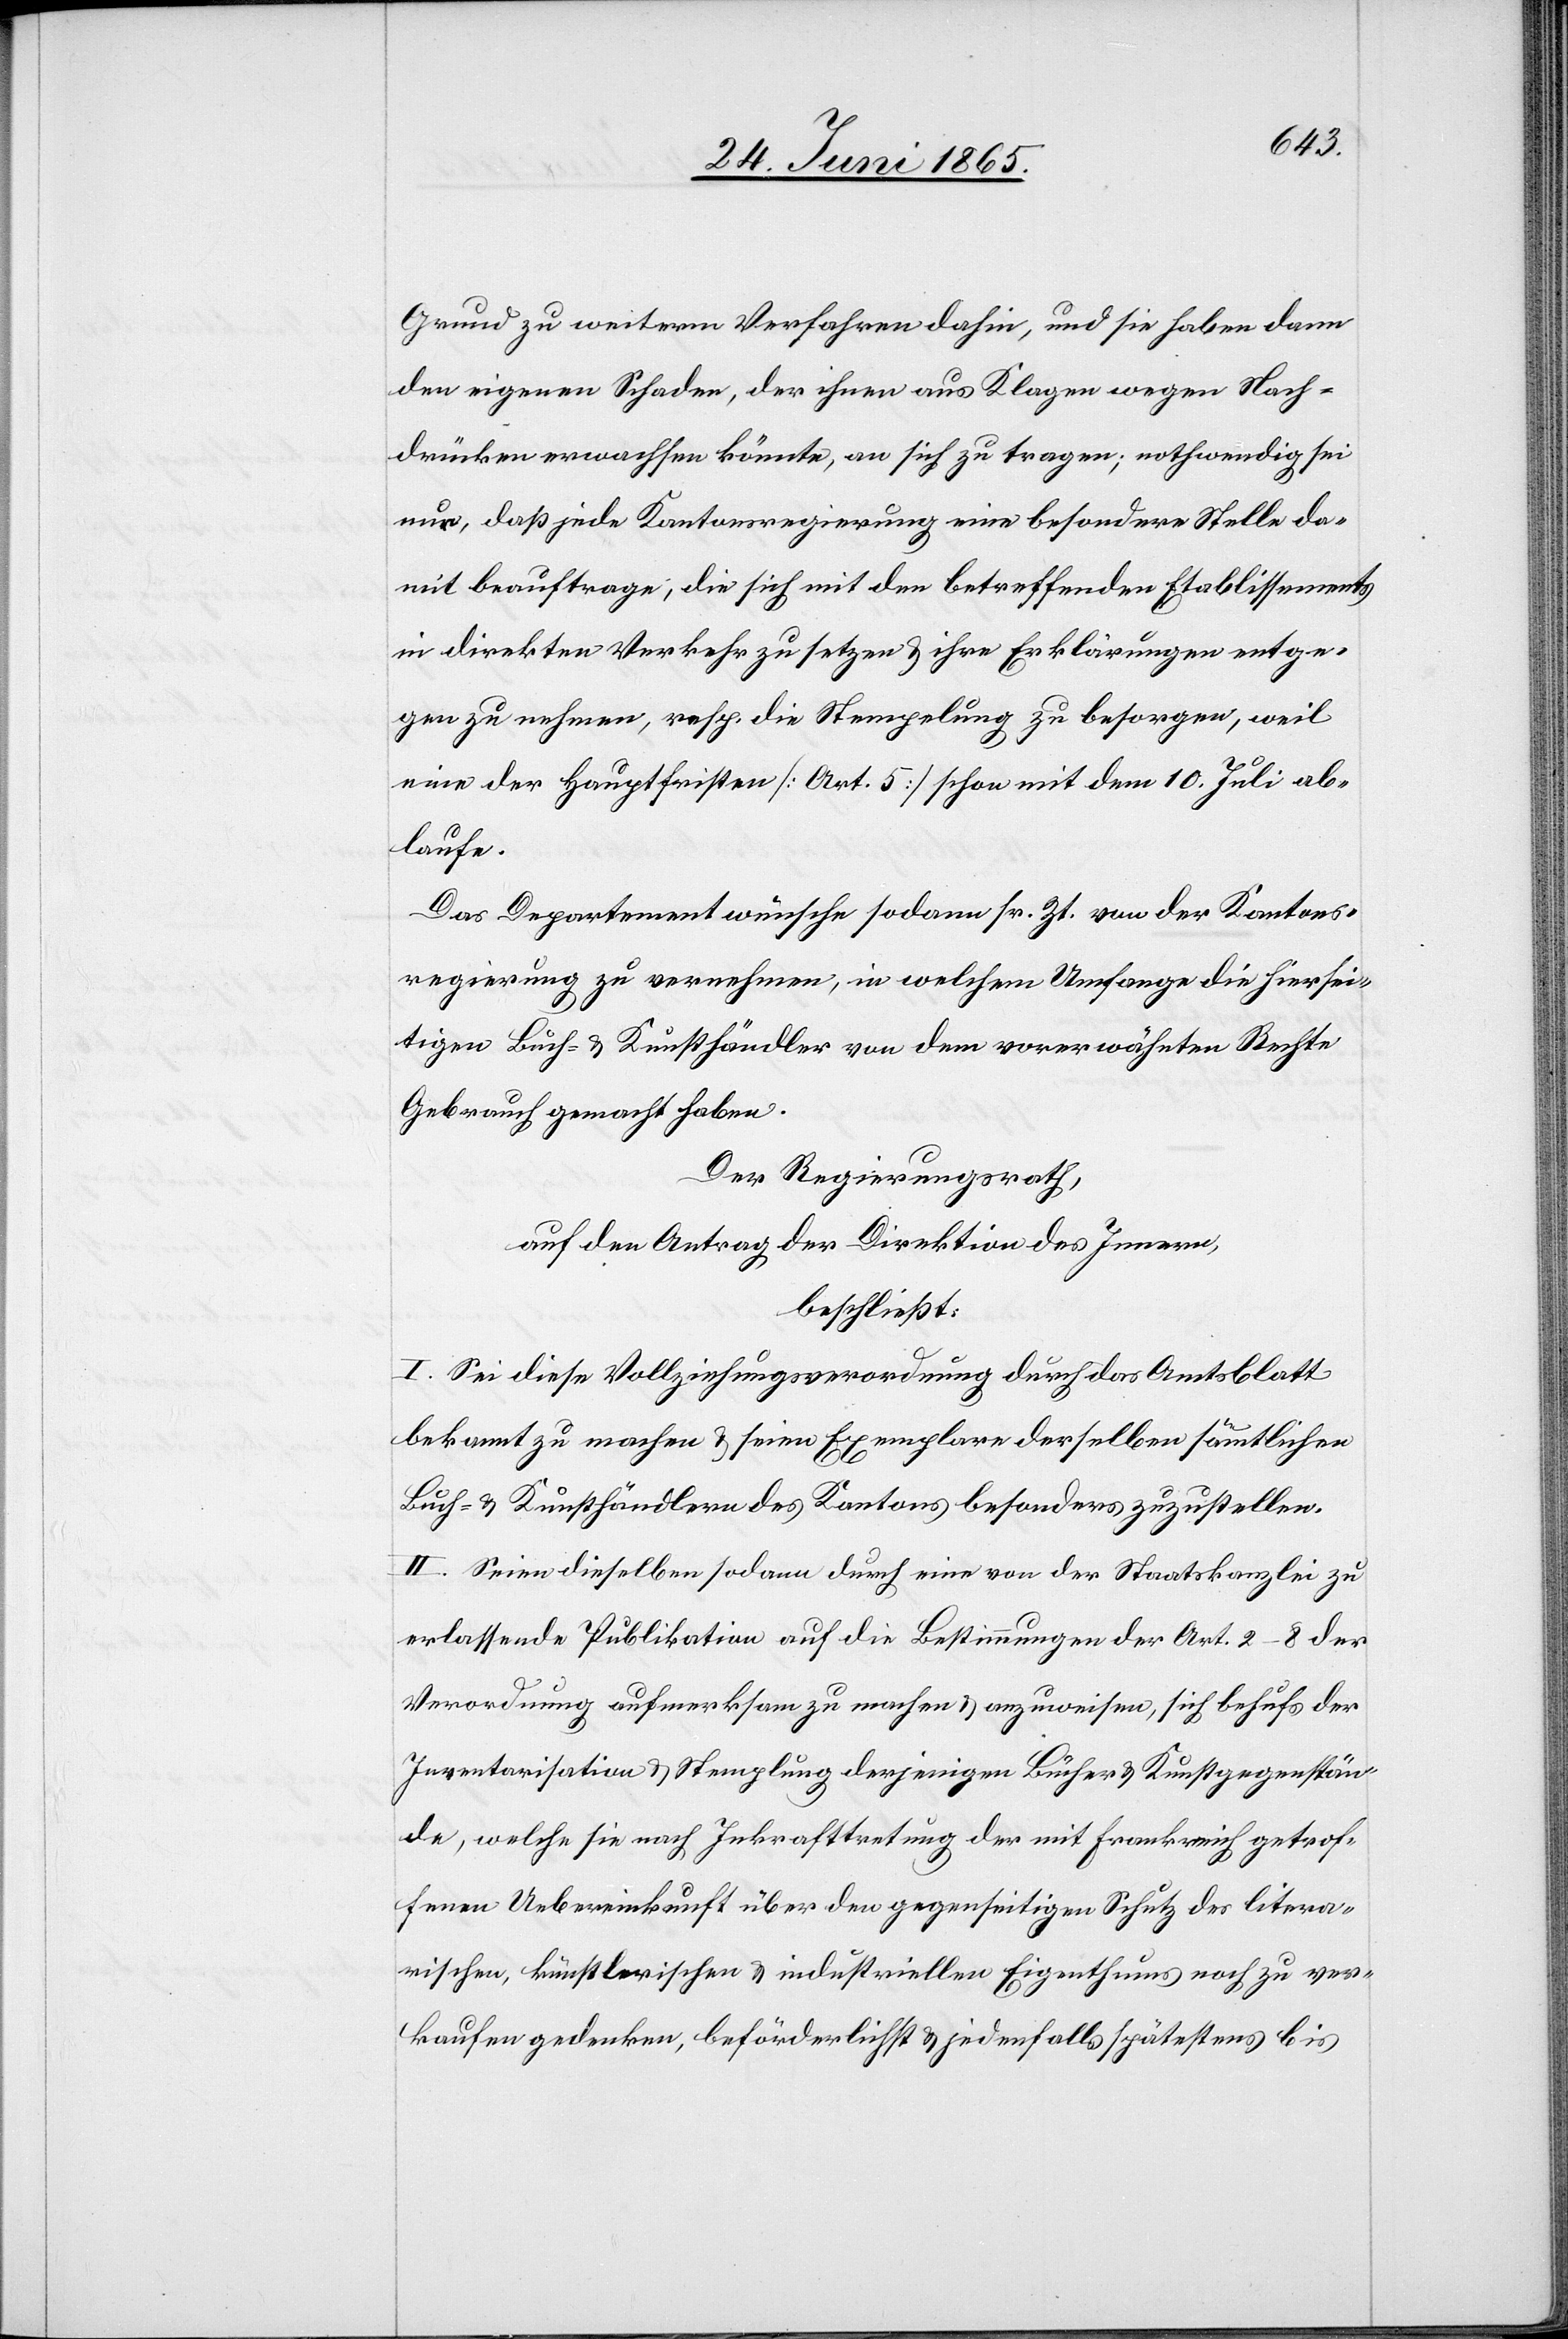
Grund zu weitern Verfahren dahin, und sie haben dann
den eigenen Schaden, der ihnen aus Klagen wegen Nach¬
drücken erwachsen könnte, an sich zu tragen; nothwendig sei
nur, daß jede Kantonsregierung eine besondere Stelle da¬
mit beauftrage, die sich mit den betreffenden Etablissements
in direkten Verkehr zu setzen & ihre Erklärungen entge¬
gen zu nehmen, resp. die Stempelung zu besorgen [habe], weil
eine der Hauptfristen [Art. 5] schon mit dem 10. Juli ab¬
laufe.
Das Departement wünsche sodann sr. Zt. von der Kantons¬
regierung zu vernehmen, in welchem Umfange die hiersei¬
tigen Buch- & Kunsthändler von dem vorerwähnten Rechte
Gebaruch gemacht haben.
Der Regierungsrath,
auf den Antrag der Direktion des Innern,
beschließt:
I. Sei diese Vollziehungsverordnung durch das Amtsblatt
bekannt zu machen & seine Exemplare derselben sämmtlichen
Buch- & Kunsthändlern des Kantons besonders zuzustellen.
II. Seien dieselben sodann durch eine von der Staatskanzlei zu
erlassende Publikation auf die Bestimmungen der Art. 2–8 der
Verordnung aufmerksam zu machen & anzuweisen, sich behufs der
Inventarisation & Stemplung derjenigen Bücher & Kunstgegenstän¬
de, welche sie nach Inkrafttretung der mit Frankreich getrof¬
fenen Uebereinkunft über den gegenseitigen Schutz des litera¬
rischen, künstlerischen & industriellen Eigenthums noch zu ver¬
kaufen gedenken, beförderlichst & jedenfalls spätestens bis